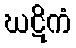
ဃဋိကံ